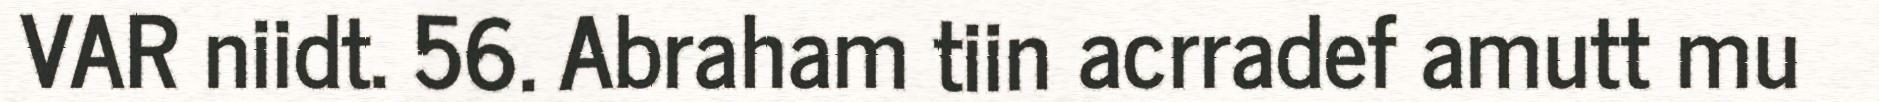
VAR niidt. 56. Abraham tiin acrradef amutt mu